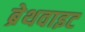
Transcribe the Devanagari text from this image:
ब्रेथवाइट